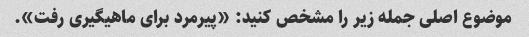
موضوع اصلی جمله زیر را مشخص کنید: «پیرمرد برای ماهیگیری رفت».